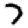
Digit: 7